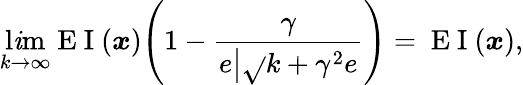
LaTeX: \operatorname*{l\mathit{i}m}_{k\to\infty}\mathrm{{~E~I~}}(\boldsymbol{x})\Bigg(1-\frac{{\gamma}}{{\hphantom{}{{e}}\vphantom{}{{\big|}}\sqrt{}{{k+\gamma^{2}}}\hphantom{}{{e}}}}\Bigg)=\mathrm{{~E~I~}}(\boldsymbol{x}),